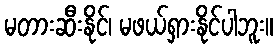
မတားဆီးနိုင်၊ မဖယ်ရှားနိုင်ပါဘူး။